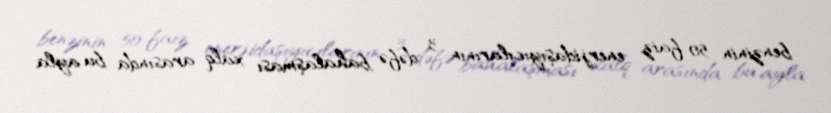
benzinin 50 faiz, enerjidaşıyıcılarının 3 dəfə bahalaşması xalq arasında bu ayla